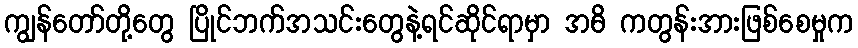
ကျွန်တော်တို့တွေ ပြိုင်ဘက်အသင်းတွေနဲ့ရင်ဆိုင်ရာမှာ အဓိ ကတွန်းအားဖြစ်စေမှုက